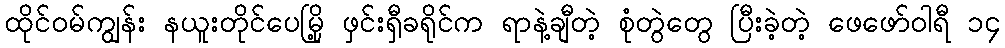
ထိုင်ဝမ်ကျွန်း နယူးတိုင်ပေမြို့ ဖှင်းရှီခရိုင်က ရာနဲ့ချီတဲ့ စုံတွဲတွေ ပြီးခဲ့တဲ့ ဖေဖော်ဝါရီ ၁၄